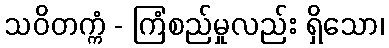
သဝိတက္ကံ - ကြံစည်မှုလည်း ရှိသော၊